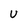
Character: U